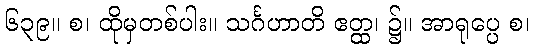
၆၃၉။ စ၊ ထိုမှတစ်ပါး။ သင်္ဂဟာတိ ဧတ္ထ၊ ၌။ အာရုပ္ပေ စ၊